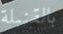
بالقنبلة